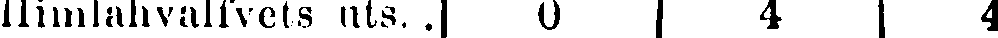
llimlahvalfvets uts. .| 0 | 4 | 4